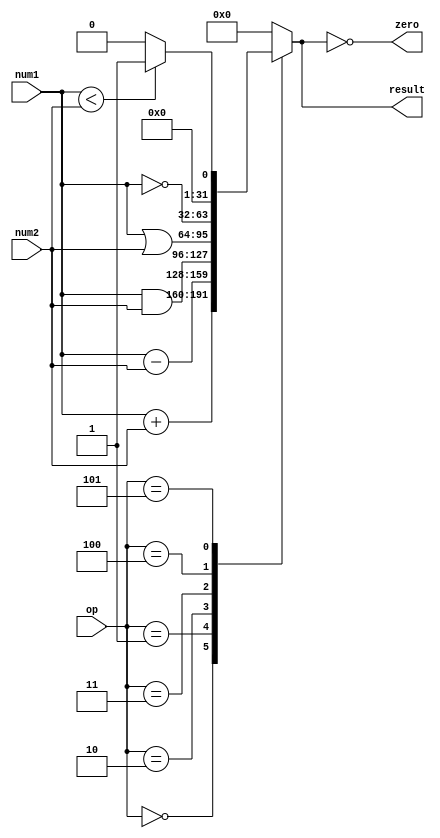
`timescale 1ns / 1ps
//////////////////////////////////////////////////////////////////////////////////
// Company: 
// Engineer: 
// 
// Design Name: 
// Module Name: alu
// Project Name: 
// Target Devices: 
// Tool Versions: 
// Description: 
// 
// Dependencies: 
// 
// Revision:
// Revision 0.01 - File Created
// Additional Comments:
// 
//////////////////////////////////////////////////////////////////////////////////
module alu (
    input wire [31:0]    num1,
    input wire [31:0]    num2,
    input wire [2:0]     op,
    output reg [31:0]    result,
    output wire          zero   
);

always @(*) begin
        case(op)
            3'b000:result <= num1[31:0] + num2[31:0];
            3'b001:result <= num1[31:0] - num2[31:0];
            3'b010:result <= num1[31:0] & num2[31:0];
            3'b011:result <= num1[31:0] | num2[31:0];
            3'b100:result <= ~(num1);
            3'b101:result <= (num1[31:0] < num2[31:0])?1:0;//
            default: result <= 32'h00000000;
        endcase
end

assign  zero = (result == 32'b0);

endmodule